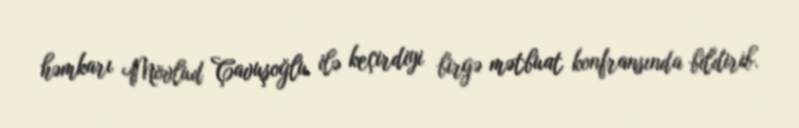
həmkarı Mövlud Çavuşoğlu ilə keçirdiyi birgə mətbuat konfransında bildirib.